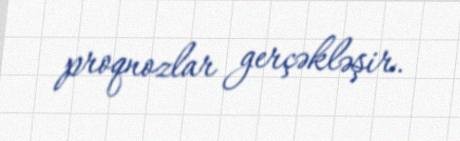
proqnozlar gerçəkləşir.